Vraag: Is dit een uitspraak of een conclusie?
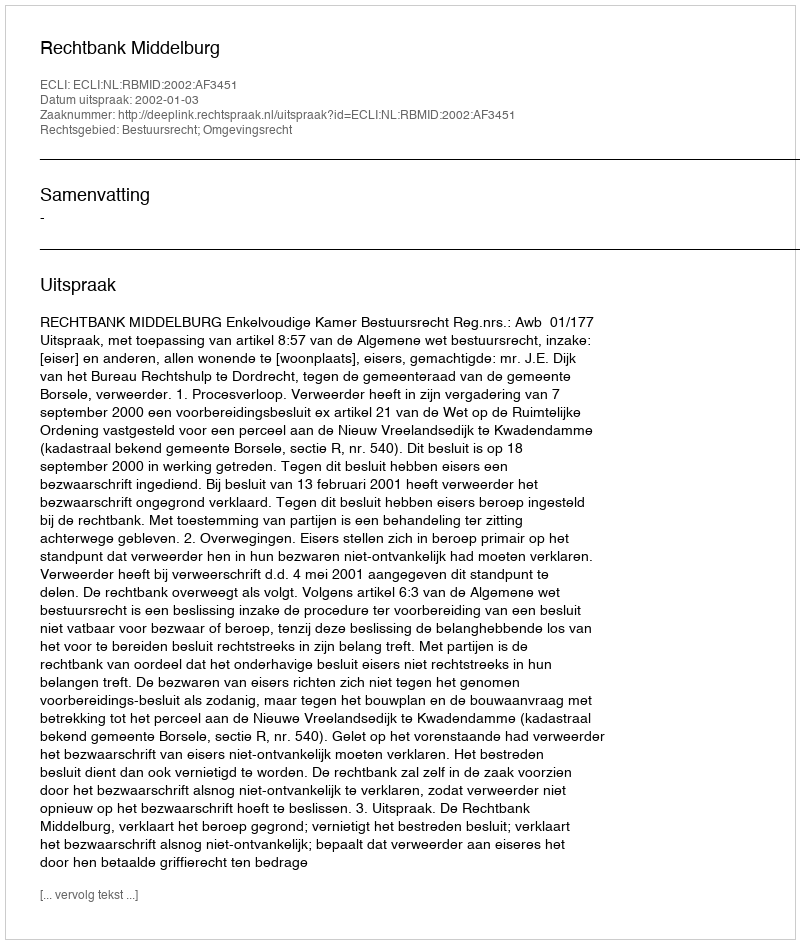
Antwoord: Uitspraak